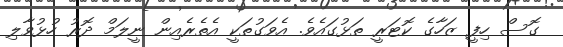
ގޮސް ހިފީ ޒަހާގެ ކޮޓަރީ ތަޅުގައެވެ. އެވަގުތަކީ އެތެރެއިން ނީލަމް ދޮރު ހުޅުވާލި